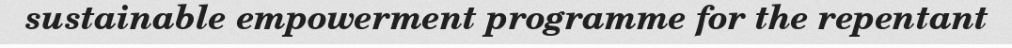
sustainable empowerment programme for the repentant